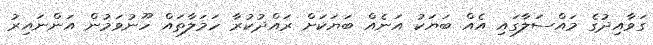
ގަވާއިދުގެ މައްސަލާގައި އެއް ބަޔަކު އަނެއް ބަޔަކަށް ރައްދުކުރާ ހަމަލާތައް ހޫނުވަމުން އަންނައިރު